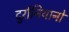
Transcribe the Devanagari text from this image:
दुर्रानियानो